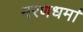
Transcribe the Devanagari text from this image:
मरणधर्मा